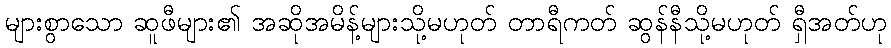
များစွာသော ဆူဖီများ၏ အဆိုအမိန့်များသို့မဟုတ် တာရီကတ် ဆွန်နီသို့မဟုတ် ရှီအတ်ဟု